Scottish Certificate of Education, 1962
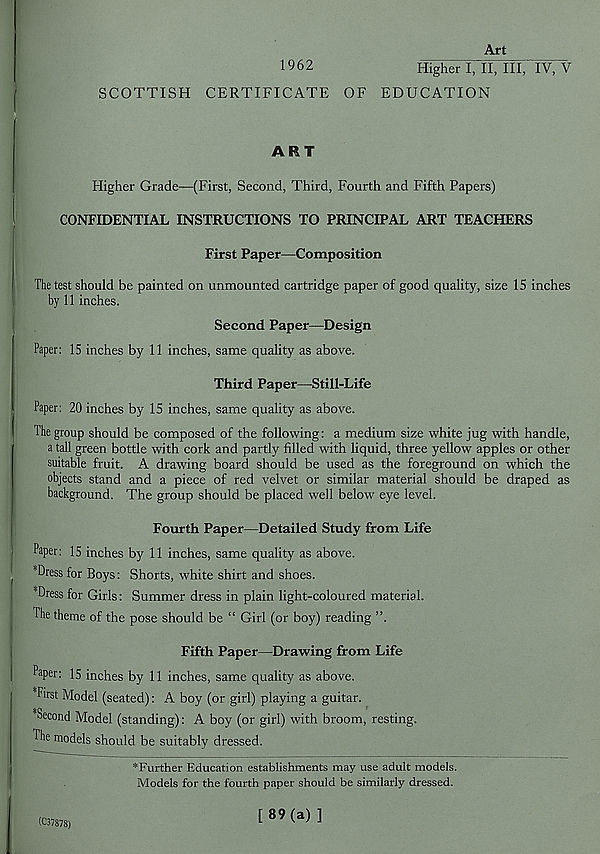
1962
Art
Higher I, II, III.TvrV
SCOTTISH CERTIFICATE OF EDUCATION
ART
Higher Grade—(First, Second, Third, Fourth and Fifth Papers)
CONFIDENTIAL INSTRUCTIONS TO PRINCIPAL ART TEACHERS
First Paper—Composition
The test should be painted on unmounted cartridge paper of good quality, size IS inches
by 11 inches.
Second Paper—Design
Paper: 15 inches by 11 inches, same quality as above.
Third Paper—Still-Life
Paper: 20 inches by 15 inches, same quality as above.
The group should be composed of the following: a medium size white jug with handle,
a tall green bottle with cork and partly filled with liquid, three yellow apples or other
suitable fruit. A drawing board should be used as the foreground on which the
objects stand and a piece of red velvet or similar material should be draped as
background. The group should be placed well below eye level.
Fourth Paper—Detailed Study from Life
Paper: 15 inches by 11 inches, same quality as above.
*Dress for Boys: Shorts, white shirt and shoes.
Dress for Girls: Summer dress in plain light-coloured material.
The theme of the pose should be “ Girl (or boy) reading ”.
Fifth Paper—Drawing from Life
Paper: 15 inches by 11 inches, same quality as above.
First Model (seated): A boy (or girl) playing a guitar.
Second Model (standing): A boy (or girl) with broom, resting.
The models should be suitably dressed.
'"Further Education establishments tnay use adult models.
Models for the fourth paper should be similarly dressed.
(C37878)
[89(a)]